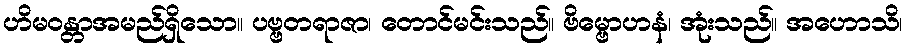
ဟိမဝန္တာအမည်ရှိသော။ ပဗ္ဗတရာဇာ၊ တောင်မင်းသည်။ ဗိမ္ဗောဟနံ၊ အုံးသည်။ အဟောသိ၊